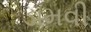
ડામવી